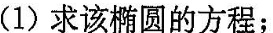
(1)求该椭圆的方程；